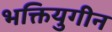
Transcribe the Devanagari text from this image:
भक्तियुगीन